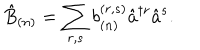
\hat { B } _ { ( n ) } = \sum _ { r , s } b _ { ( n ) } ^ { ( r , s ) } \hat { a } ^ { \dagger r } \hat { a } ^ { s } .